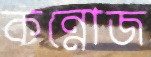
কন্নোজ